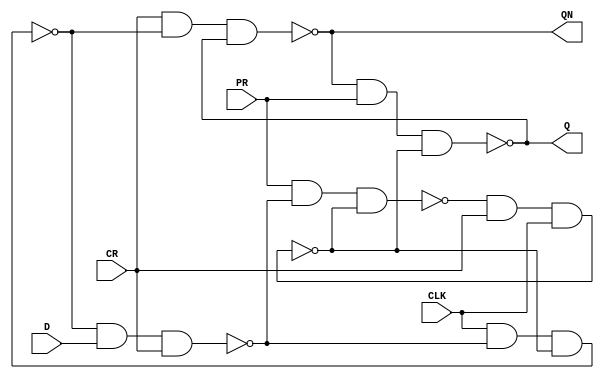
module Part4(PR,CR,CLK,D,Q,QN);
	input PR,CR,CLK,D;
	output Q,QN;
	wire nand1,nand2,nand3,S,R;
	assign Q = ~(QN & PR & S);
	assign QN = ~(R & nand2 & Q);
	assign S = ~(nand1 & CR & CLK);
	assign R = CR;
	assign nand1 = ~(PR & nand3 & S);
	assign nand2 = ~(CLK & nand3 & S);
	assign nand3 = ~(nand2 & D & R);
endmodule